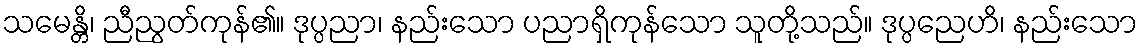
သမေန္တိ၊ ညီညွတ်ကုန်၏။ ဒုပ္ပညာ၊ နည်းသော ပညာရှိကုန်သော သူတို့သည်။ ဒုပ္ပညေဟိ၊ နည်းသော